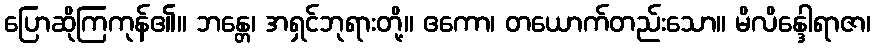
ပြောဆိုကြကုန်၏။ ဘန္တေ၊ အရှင်ဘုရားတို့။ ဧကော၊ တယောက်တည်းသော။ မိလိန္ဒေါရာဇာ၊